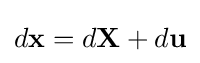
d\mathbf {x} =d\mathbf {X} +d\mathbf {u}